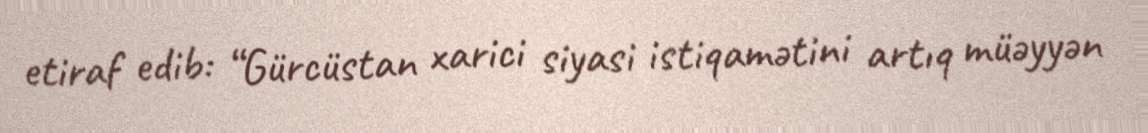
etiraf edib: “Gürcüstan xarici siyasi istiqamətini artıq müəyyən